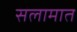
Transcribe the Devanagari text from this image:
सलामात